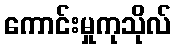
ကောင်းမှုကုသိုလ်